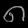
Digit: ၈